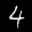
Label: 4